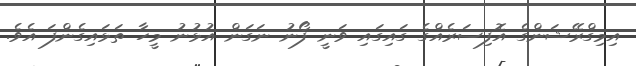
އިމިގްރޭޝަންގެ އޮފިސަރެއްގެ ގައިގައި ވަނީ ފޯނު ނަގަން އުޅުނު މީހާ ތަޅައިގެންފަ އެވެ.